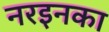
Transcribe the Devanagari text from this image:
नरइनका